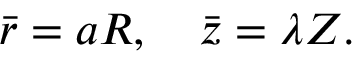
\begin{array} { r } { \bar { r } = { a } R , \quad \bar { z } = \lambda Z . } \end{array}